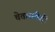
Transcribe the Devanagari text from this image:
चेतासंवेदी